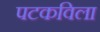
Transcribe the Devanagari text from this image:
पटकविला